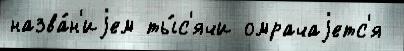
назва́н'иjем ты́с'ячи омрачаjетс'я